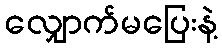
လျှောက်မပြေးနဲ့